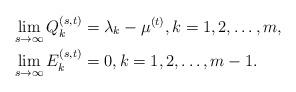
LaTeX: \begin{align*}&\lim_{s\rightarrow\infty}Q_k^{(s,t)}=\lambda_{k}-\mu^{(t)},k=1,2,\dots,m,\\&\lim_{s\rightarrow\infty}E_k^{(s,t)}=0,k=1,2,\dots,m-1.\end{align*}